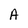
Character: A